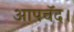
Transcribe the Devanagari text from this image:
आपचॅद।